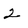
Character: 2